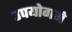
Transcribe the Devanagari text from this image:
उपयोगमे